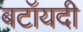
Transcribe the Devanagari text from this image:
बटॉयदी